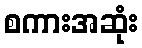
စကားအဆုံး